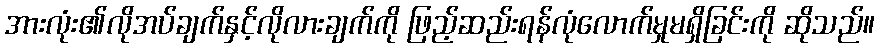
အားလုံး၏လိုအပ်ချက်နှင့်လိုလားချက်ကို ဖြည့်ဆည်းရန်လုံလောက်မှုမရှိခြင်းကို ဆိုသည်။